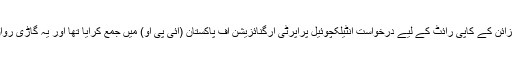
رہورٹ کے مطابق کچھ عرصے پہلے کمپنی نے گاڑی کے ڈیزائن کے کاپی رائٹ کے لیے درخواست انٹیلکچوئیل پراپرٹی آرگنائزیشن آف پاکستان (آئی پی او) میں جمع کرایا تھا اور یہ گاڑی رواں سال کی پہلی ششماہی کے دوران متعارف کرائی جاسکتی ہے۔